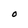
Character: O